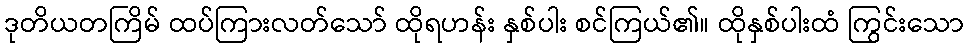
ဒုတိယတကြိမ် ထပ်ကြားလတ်သော် ထိုရဟန်း နှစ်ပါး စင်ကြယ်၏။ ထိုနှစ်ပါးထံ ကြွင်းသော